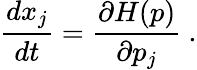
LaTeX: \frac{dx_{j}}{dt}=\frac{\partial H(p)}{\partial p_{j}}~.